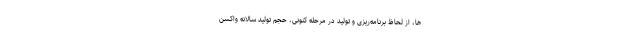
ها، از لحاظ برنامه‌ریزی و تولید در مرحله کنونی، حجم تولید سالانه واکسن